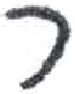
אות: ר